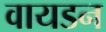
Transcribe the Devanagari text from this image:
वायडन